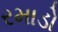
રમાડો